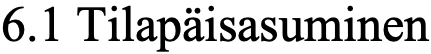
6.1 Tilapäisasuminen